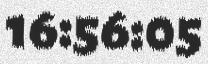
16:56:05